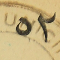
٥٢